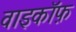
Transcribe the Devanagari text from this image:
वाइकॉफ़